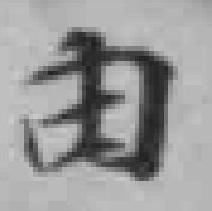
由